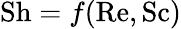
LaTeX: \mathrm{Sh}=f(\mathrm{Re},\mathrm{Sc})